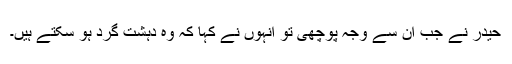
حیدر نے جب ان سے وجہ پوچھی تو انہوں نے کہا کہ وہ دہشت گرد ہو سکتے ہیں۔